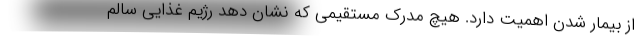
از بیمار شدن اهمیت دارد. هیچ مدرک مستقیمی که نشان دهد رژیم غذایی سالم